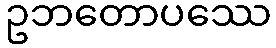
ဥဘတောပဿေ